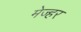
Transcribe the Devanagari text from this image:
मेज्हर